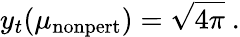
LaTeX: y_{t}(\mu_{\mathrm{nonpert}})=\sqrt{4\pi}\ .